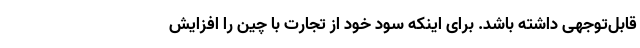
قابل‌توجهی داشته باشد. برای اینکه سود خود از تجارت با چین را افزایش